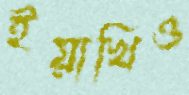
ইয়াখিও